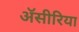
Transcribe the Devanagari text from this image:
ॲसीरिया